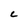
Character: C